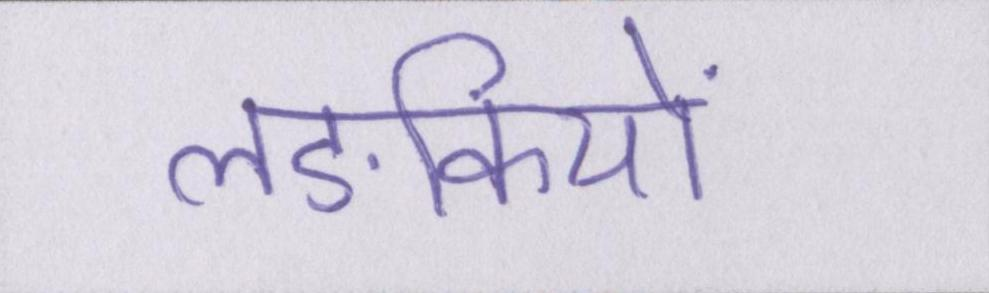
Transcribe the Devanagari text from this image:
लङकियों